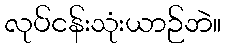
လုပ်ငန်းသုံးယာဉ်ဘဲ။